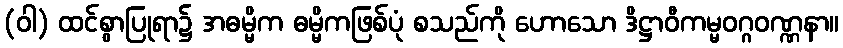
(ဝါ) ထင်စွာပြုရာ၌ အဓမ္မိက ဓမ္မိကဖြစ်ပုံ စသည်ကို ဟောသော ဒိဋ္ဌာဝီကမ္မဝဂ္ဂဝဏ္ဏနာ။